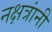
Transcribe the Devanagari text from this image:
नक्षत्रांनी